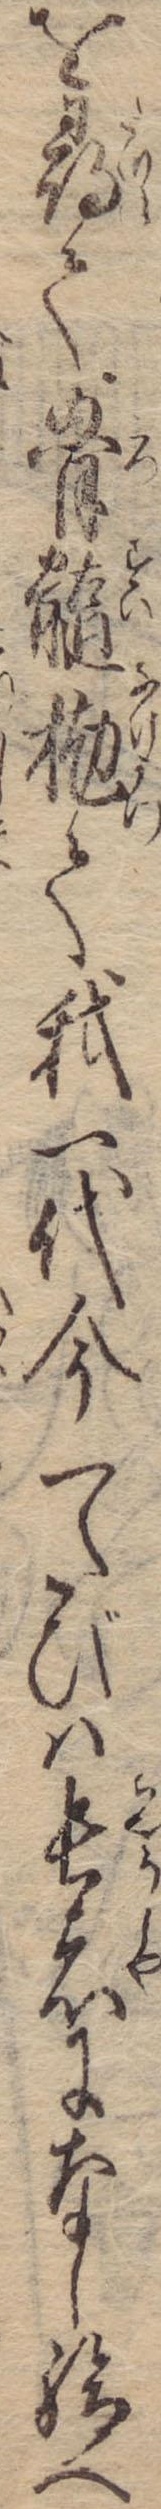
を尋て骨髄抛て我一代今一たびは長者になし給へ